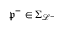
\mathfrak { p } ^ { - } \in \Sigma _ { \mathcal { L } ^ { - } }